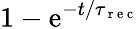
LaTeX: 1-\mathrm{e}^{{-t}/{\tau_{\mathrm{{~r~\mathrm{e}~c~}}}}}